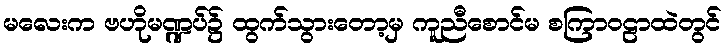
မလေးက ဗဟိုမဏ္ဍပ်၌ ထွက်သွားတော့မှ ကူညီစောင်မ စကြာဝဠာထဲတွင်